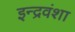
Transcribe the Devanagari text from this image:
इन्द्रवंशा